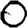
Digit: 0